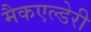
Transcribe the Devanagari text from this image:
मैकएल्डेरी